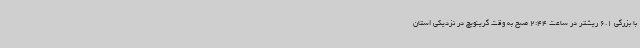
با بزرگی 6.1 ریشتر در ساعت 2:44 صبح به وقت گرینویچ در نزدیکی استان